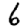
Digit: 6